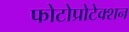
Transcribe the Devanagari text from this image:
फोटोप्रोटेक्शन